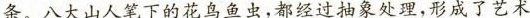
条。八大山人笔下的花鸟鱼虫,都经过抽象处理,形成了艺术